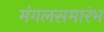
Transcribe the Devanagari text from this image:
मंगलसमारंभ